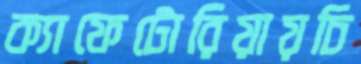
ক্যাফেটোরিয়ায়চি